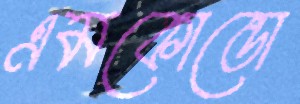
এমকোন্ডো